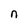
Character: n